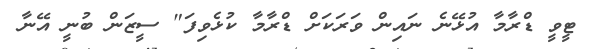
ޓީވީ ޑްރާމާ އުޅޭނެ ނައިން ވަރަކަށް ޑްރާމާ ކުޅެވިފަ" ސީޒަން ބުނީ އޭނާ